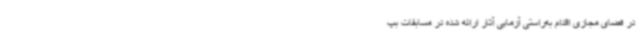
در فضای مجازی اقدام به‌راستی آزمایی آثار ارائه‌ شده در مسابقات بپ